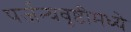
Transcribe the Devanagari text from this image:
पर्जन्यवृष्टीमध्ये